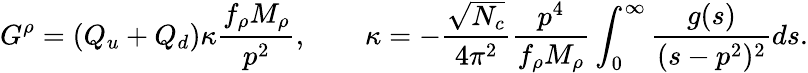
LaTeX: G^{\rho}=(Q_{u}+Q_{d})\kappa\frac{f_{\rho}M_{\rho}}{p^{2}},\qquad\kappa=-\frac{\sqrt{N_{c}}}{4\pi^{2}}\frac{p^{4}}{f_{\rho}M_{\rho}}\int_{0}^{\infty}\frac{g(s)}{(s-p^{2})^{2}}ds.